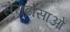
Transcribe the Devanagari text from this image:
सेराटोसाओं